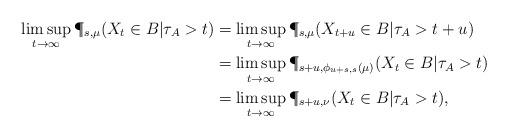
LaTeX: \begin{align*}\limsup_{t \to \infty} \P_{s,\mu}(X_{t} \in B | \tau_{A } > t) &= \limsup_{t \to \infty} \P_{s,\mu}(X_{t + u} \in B | \tau_{A} > t + u) \\ &= \limsup_{t \to \infty} \P_{s+u,\phi_{u+s,s}(\mu)}(X_{t} \in B | \tau_{A } > t) \\&= \limsup_{t \to \infty} \P_{s+u,\nu}(X_{t} \in B | \tau_{A } > t),\end{align*}